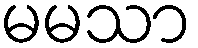
မမသာ